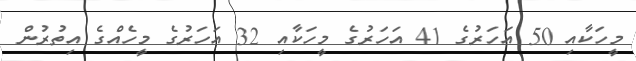
މީހަކާއި 50 އަހަރުގެ 41 އަހަރުގެ މީހަކާއި 32 އަހަރުގެ މީހެއްގެ އިތުރުން